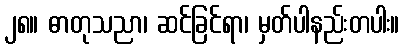
၂၈။ ဓာတုသညာ၊ ဆင်ခြင်ရာ၊ မှတ်ပါနည်းတပါး။